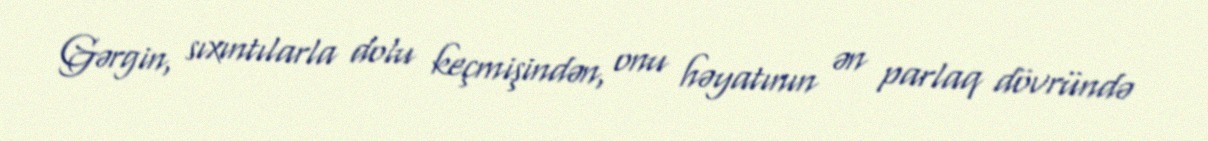
Gərgin, sıxıntılarla dolu keçmişindən, onu həyatının ən parlaq dövründə